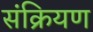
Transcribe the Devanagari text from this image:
संक्रियण